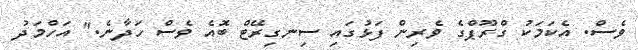
ވެސް. އެކަމަކު ގްރޫޕްގެ ވެރިން ފަޅުގައި ސިނގިރޭޓް ބޮއެ ވެސް ހަދާނެ." އަހްމަދު